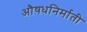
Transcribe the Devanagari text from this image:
औषधनिर्माती